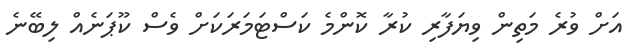
އަށް ވުރެ މަތިން ވިޔަފާރި ކުރާ ކޮންމެ ކަސްޓަމަރަކަށް ވެސް ކޫޕަނެއް ލިބޭނެ